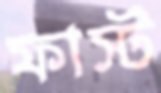
ফাস্ট